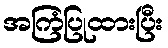
အကြံပြုထားပြီး